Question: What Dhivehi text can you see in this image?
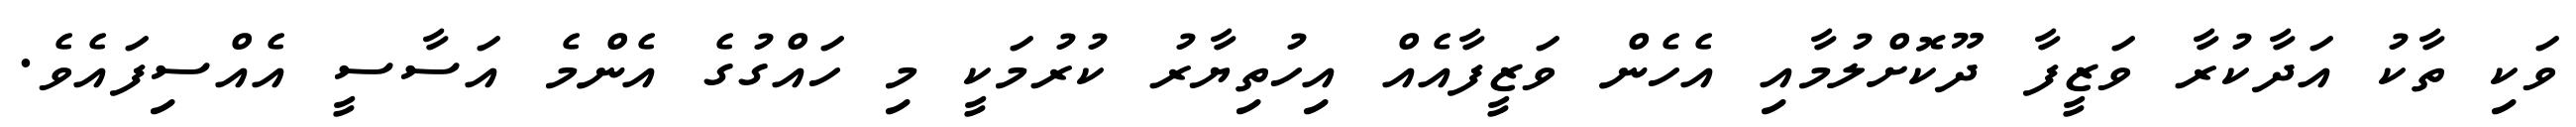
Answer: ވަކި ތާކު އަދާކުރާ ވަޒީފާ ދޫކޮށްލުމާއި އެހެން ވަޒީފާއެއް އިހުތިޔާރު ކުރުމަކީ މި ހައްގުގެ އެންމެ އަސާސީ އެއްސިފައެވެ.